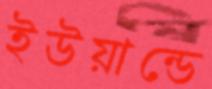
ইউয়ান্ডে